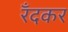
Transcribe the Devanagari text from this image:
रँदकर